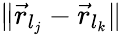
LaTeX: \| \vec{r}_{l_{j}}-\vec{r}_{l_{k}}\|